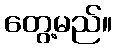
တွေ့မည်။